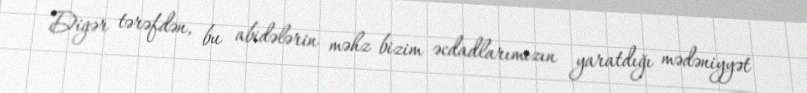
Digər tərəfdən, bu abidələrin məhz bizim əcdadlarımızın yaratdığı mədəniyyət